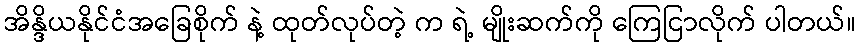
အိန္ဒိယနိုင်ငံအခြေစိုက် နဲ့ ထုတ်လုပ်တဲ့ က ရဲ့ မျိုးဆက်ကို ကြေငြာလိုက် ပါတယ်။